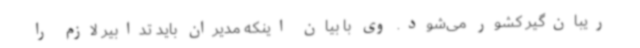
ریبان‌گیر کشور می‌شود. وی با بیان اینکه مدیران باید تدابیر لازم را